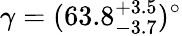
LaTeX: \gamma=(63.8_{-3.7}^{+3.5})^{\circ}